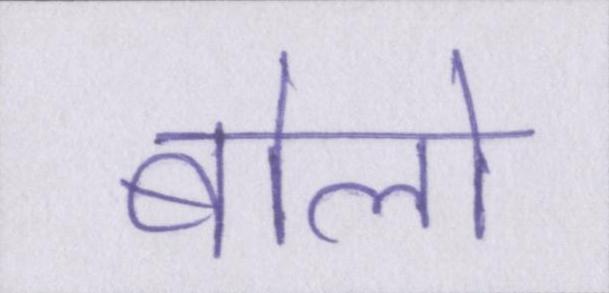
बोलो